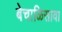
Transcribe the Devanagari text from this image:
बेचाळिसावा